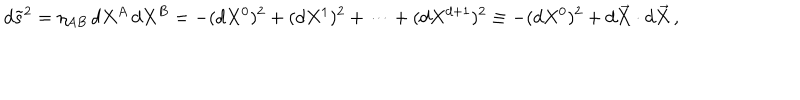
d \tilde { s } ^ { 2 } = \eta _ { A B } \, d X ^ { A } \, d X ^ { B } = - ( d X ^ { 0 } ) ^ { 2 } + ( d X ^ { 1 } ) ^ { 2 } + \dots + ( d X ^ { d + 1 } ) ^ { 2 } \equiv - ( d X ^ { 0 } ) ^ { 2 } + d \vec { X } \cdot d \vec { X } \, ,